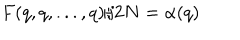
LaTeX: F ( q , q , . . . , q ) / 2 N = \alpha ( q )